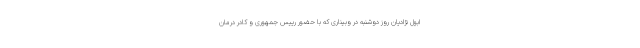
ابول نژادیان روز دوشنبه در وبیناری که با حضور رییس جمهوری و کادر درمان